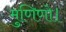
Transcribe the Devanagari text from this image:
मुणिणो।